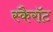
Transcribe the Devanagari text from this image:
स्कैरॉट